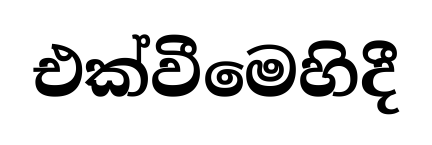
එක්වීමෙහිදී